Indian journal of veterinary science and animal husbandry - Volume 2,
Year: 1932
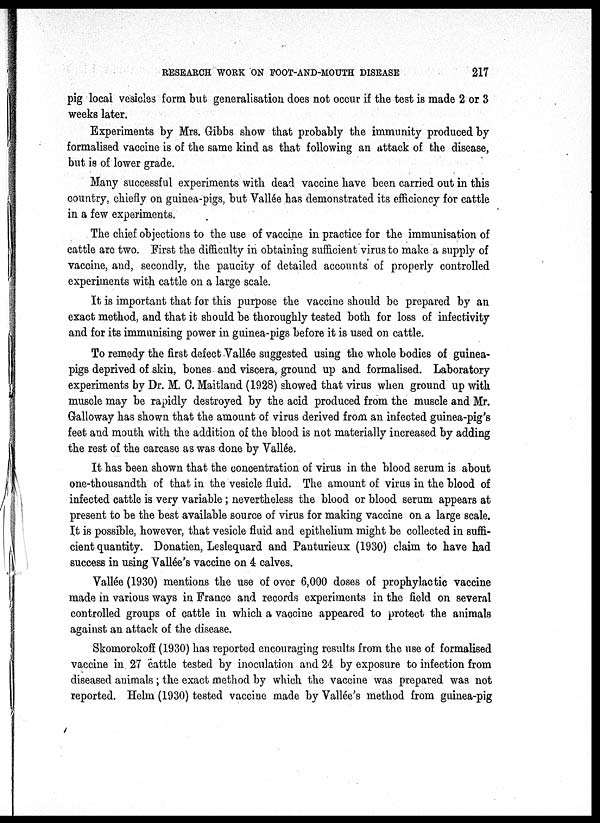
RESEARCH WORK ON FOOT-AND-MOUTH DISEASE
217
pig local vesicles form but generalisation does not occur if the test is made 2 or 3
weeks later.
Experiments by Mrs. Gibbs show that probably the immunity produced by
formalised vaccine is of the same kind as that following an attack of the disease,
but is of lower grade.
Many successful experiments with dead vaccine have been carried out in this
country, chiefly on guinea-pigs, but Vallée has demonstrated its efficiency for cattle
in a few experiments.
The chief objections to the use of vaccine in practice for the immunisation of
cattle are two. First the difficulty in obtaining sufficient virus to make a supply of
vaccine, and, secondly, the paucity of detailed accounts of properly controlled
experiments with cattle on a large scale.
It is important that for this purpose the vaccine should be prepared by an
exact method, and that it should be thoroughly tested both for loss of infectivity
and for its immunising power in guinea-pigs before it is used on cattle.
To remedy the first defect Vallée suggested using the whole bodies of guinea-
pigs deprived of skin, bones and viscera, ground up and formalised. Laboratory
experiments by Dr. M. C. Maitland (1928) showed that virus when ground up with
muscle may be rapidly destroyed by the acid produced from the muscle and Mr.
Galloway has shown that the amount of virus derived from an infected guinea-pig's
feet and mouth with the addition of the blood is not materially increased by adding
the rest of the carcase as was done by Vallée.
It has been shown that the concentration of virus in the blood serum is about
one-thousandth of that in the vesicle fluid. The amount of virus in the blood of
infected cattle is very variable ; nevertheless the blood or blood serum appears at
present to be the best available source of virus for making vaccine on a large scale.
It is possible, however, that vesicle fluid and epithelium might be collected in suffi-
cient quantity. Donatien, Leslequard and Pauturieux (1930) claim to have had
success in using Vallée's vaccine on 4 calves.
Vallée (1930) mentions the use of over 6,000 doses of prophylactic vaccine
made in various ways in France and records experiments in the field on several
controlled groups of cattle in which a vaccine appeared to protect the animals
against an attack of the disease.
Skomorokoff (1930) has reported encouraging results from the use of formalised
vaccine in 27 cattle tested by inoculation and 24 by exposure to infection from
diseased animals ; the exact method by which the vaccine was prepared was not
reported. Helm (1930) tested vaccine made by Vallée's method from guinea-pig